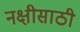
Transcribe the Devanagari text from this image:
नक्षीसाठी